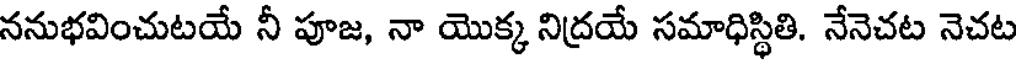
ననుభవించుటయే నీ పూజ, నా యొక్క నిద్రయే సమాధిస్థితి. నేనెచట నెచట